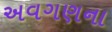
અવગણના